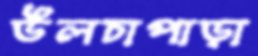
উলচাপাড়া